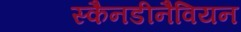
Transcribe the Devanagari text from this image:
स्कैनडीनैवियन